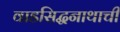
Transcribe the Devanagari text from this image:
वाडसिद्धनाथाची